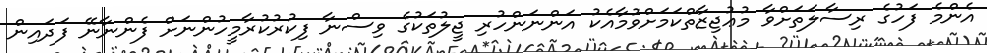
އެންމެ ފަހުގެ ރިސާލަތަށްވާ މުޢުޖިޒާތްކަމަށްވުމާއެކު އަންނަންހުރި ޖީލުތަކުގެ ވިސްނާ ފިކުރުކުރާމީހުންނަށް ފެންނާނޭ ފަދައިން